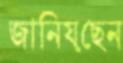
জানিয়ছেন